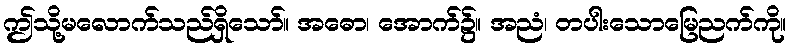
ဤသို့မလောက်သည်ရှိသော်။ အဓော၊ အောက်၌။ အညံ၊ တပါးသောမြေညက်ကို။